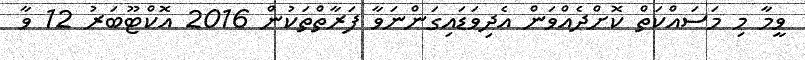
ވީމާ މި މަސައްކަތް ކޮށްދެއްވަން އެދިވަޑައިގަންނަވާ ފަރާތްތަކުން 2016 އޮކްޓޫބަރު 12 ވާ